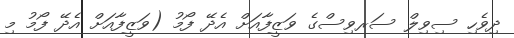
ދިވެހި ސިވިލް ސަރވިސްގެ ވަޒީފާއަށް އެދޭ ފޯމު (ވަޒީފާއަށް އެދޭ ފޯމު މި